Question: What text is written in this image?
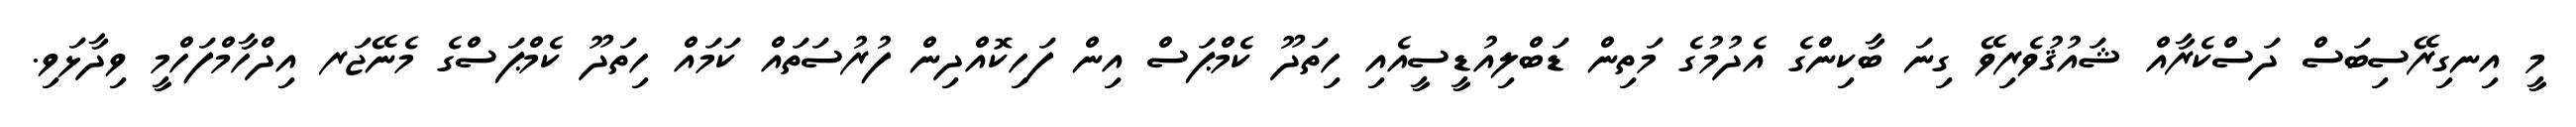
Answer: މީ އިނގިރޭސިބަސް ދަސްކެރާއް ޝައުޤުވެރިވޭ ގިނަ ބާކިންގެ އެދުމުގެ މަތިން ޑަބްލިއުޑީސީއެއި ހިތަދޫ ކެމްޕަސް އިން ފަހިކޮއްދިން ފުރުސަތައް ކަމައް ހިތަދޫ ކެމްޕަސްގެ މެނޭޖަރ އިދްހާމްފަހްމީ ވިދާޅަވި.